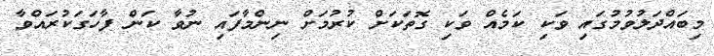
މިބައްދަލުވުމުގައި ވަކި ކަމެއް ވަކި ގޮތަކަށް ކުރުމަށް ނިންމާފައި ނުވާ ކަން ފާހަގަކުރައްވާ